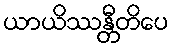
ယာယိဿန္တီတိပေ